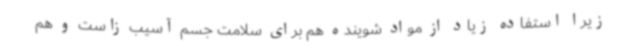
زیرا استفاده زیاد از مواد شوینده هم برای سلامت جسم آسیب زاست و هم